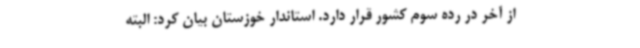
از آخر در رده سوم کشور قرار دارد. استاندار خوزستان بیان کرد: البته